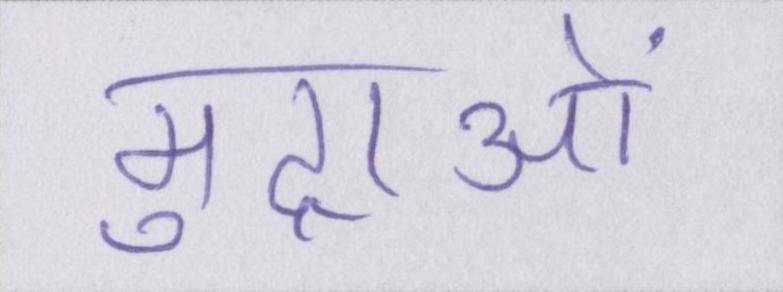
मुद्राओं